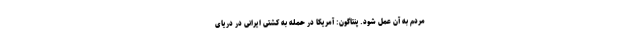
مردم به آن عمل شود. پنتاگون: آمریکا در حمله به کشتی ایرانی در دریای